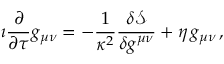
\imath \frac { \partial } { \partial \tau } g _ { \mu \nu } = - \frac { 1 } { \kappa ^ { 2 } } \frac { \delta \mathcal { S } } { \delta g ^ { \mu \nu } } + \eta \, g _ { \mu \nu } \, ,